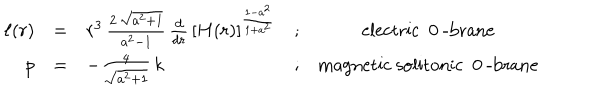
LaTeX: \begin{array} { r c l c c } { { \ell ( r ) } } & { { = } } & { { r ^ { 3 } \, \frac { 2 \, \sqrt { a ^ { 2 } + 1 } } { a ^ { 2 } - 1 } \, \frac { d } { d r } \, \left[ H ( r ) \right] ^ { \frac { 1 - a ^ { 2 } } { 1 + a ^ { 2 } } } } } & { { ; } } & { { \mathrm { e l e c t r i c ~ 0 ~ - b r a n e } } } \\ { { p } } & { { = } } & { { - \frac { 4 } { \sqrt { a ^ { 2 } + 1 } } \, k } } & { { ; } } & { { \mathrm { m a g n e t i c ~ s o l i t o n i c ~ 0 ~ - b r a n e } } } \\ \end{array}